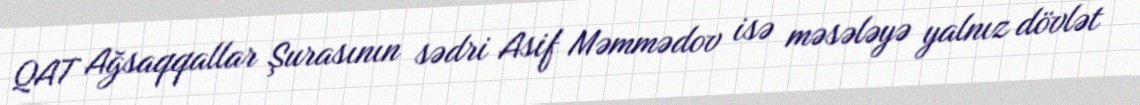
QAT Ağsaqqallar Şurasının sədri Asif Məmmədov isə məsələyə yalnız dövlət